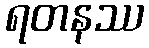
ရတနဿ